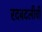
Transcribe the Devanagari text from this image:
रदबदलीची